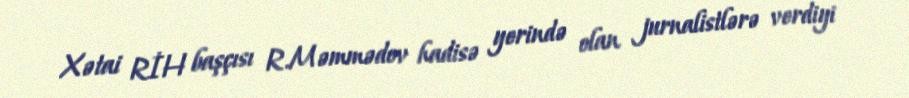
Xətai RİH başçısı R.Məmmədov hadisə yerində olan jurnalistlərə verdiyi